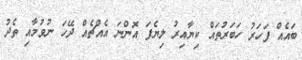
ބައެއް ފަހަރު ހަބަރުތައް ކިޔާއިރު ލިޔެފަ އޮންނަ އެއްޗެއް ދޭހަ ނުވުމާއި ތެދު